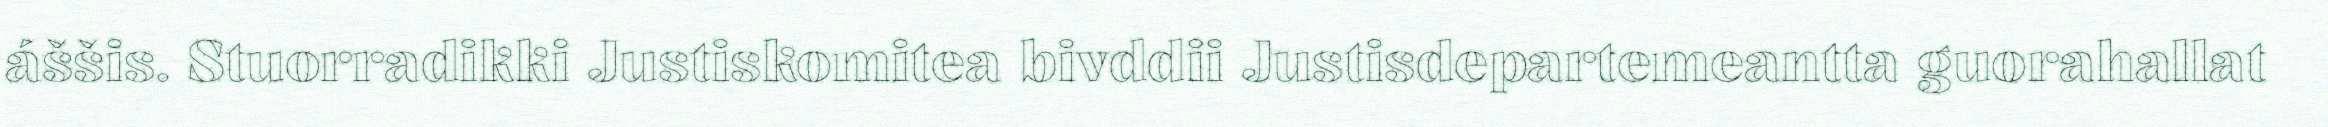
áššis. Stuorradikki Justiskomitea bivddii Justisdepartemeantta guorahallat